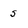
Character: s